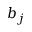
b _ { j }